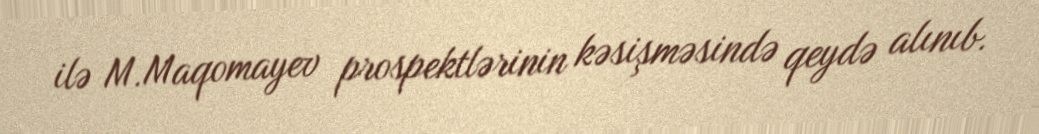
ilə M.Maqomayev prospektlərinin kəsişməsində qeydə alınıb.